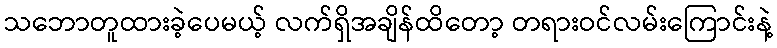
သဘောတူထားခဲ့ပေမယ့် လက်ရှိအချိန်ထိတော့ တရားဝင်လမ်းကြောင်းနဲ့